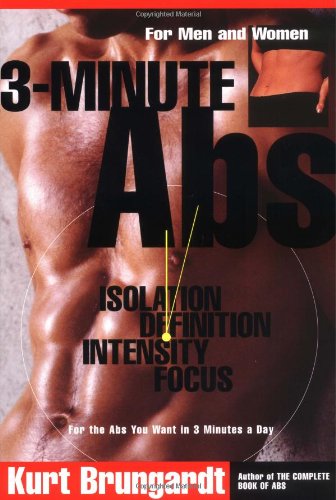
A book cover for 3-Minute Abs: Achieving the Look You've Always Wanted in Only 3 Minutes a Day; Kurt Brungardt; Health, Fitness & Dieting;